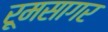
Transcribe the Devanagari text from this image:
रूमसागर